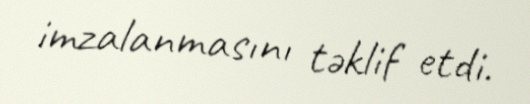
imzalanmasını təklif etdi.